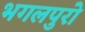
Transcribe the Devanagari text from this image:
भगलपुरो